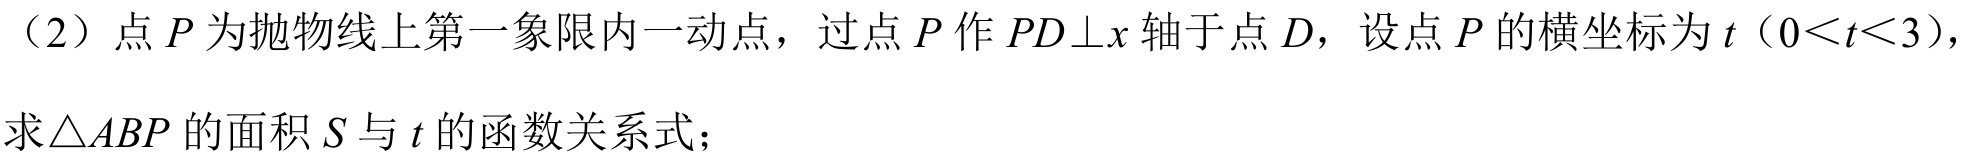
（2）点\(P\)为抛物线上第一象限内一动点，过点\(P\)作\(PD\bot x\)轴于点\(D\)，设点\(P\)的横坐标为\(t（0<t<3）\)，
求\(\triangle ABP\)的面积\(S\)与\(t\)的函数关系式；